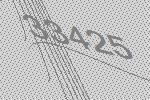
33425